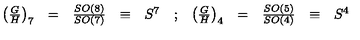
\begin{array} { r c c c l c r c c c l } { \left( \frac { G } { H } \right) _ { 7 } } & { = } & { \frac { S O ( 8 ) } { S O ( 7 ) } } & { \equiv } & { S ^ { 7 } } & { ; } & { \left( \frac { G } { H } \right) _ { 4 } } & { = } & { \frac { S O ( 5 ) } { S O ( 4 ) } } & { \equiv } & { S ^ { 4 } } \\ \end{array}